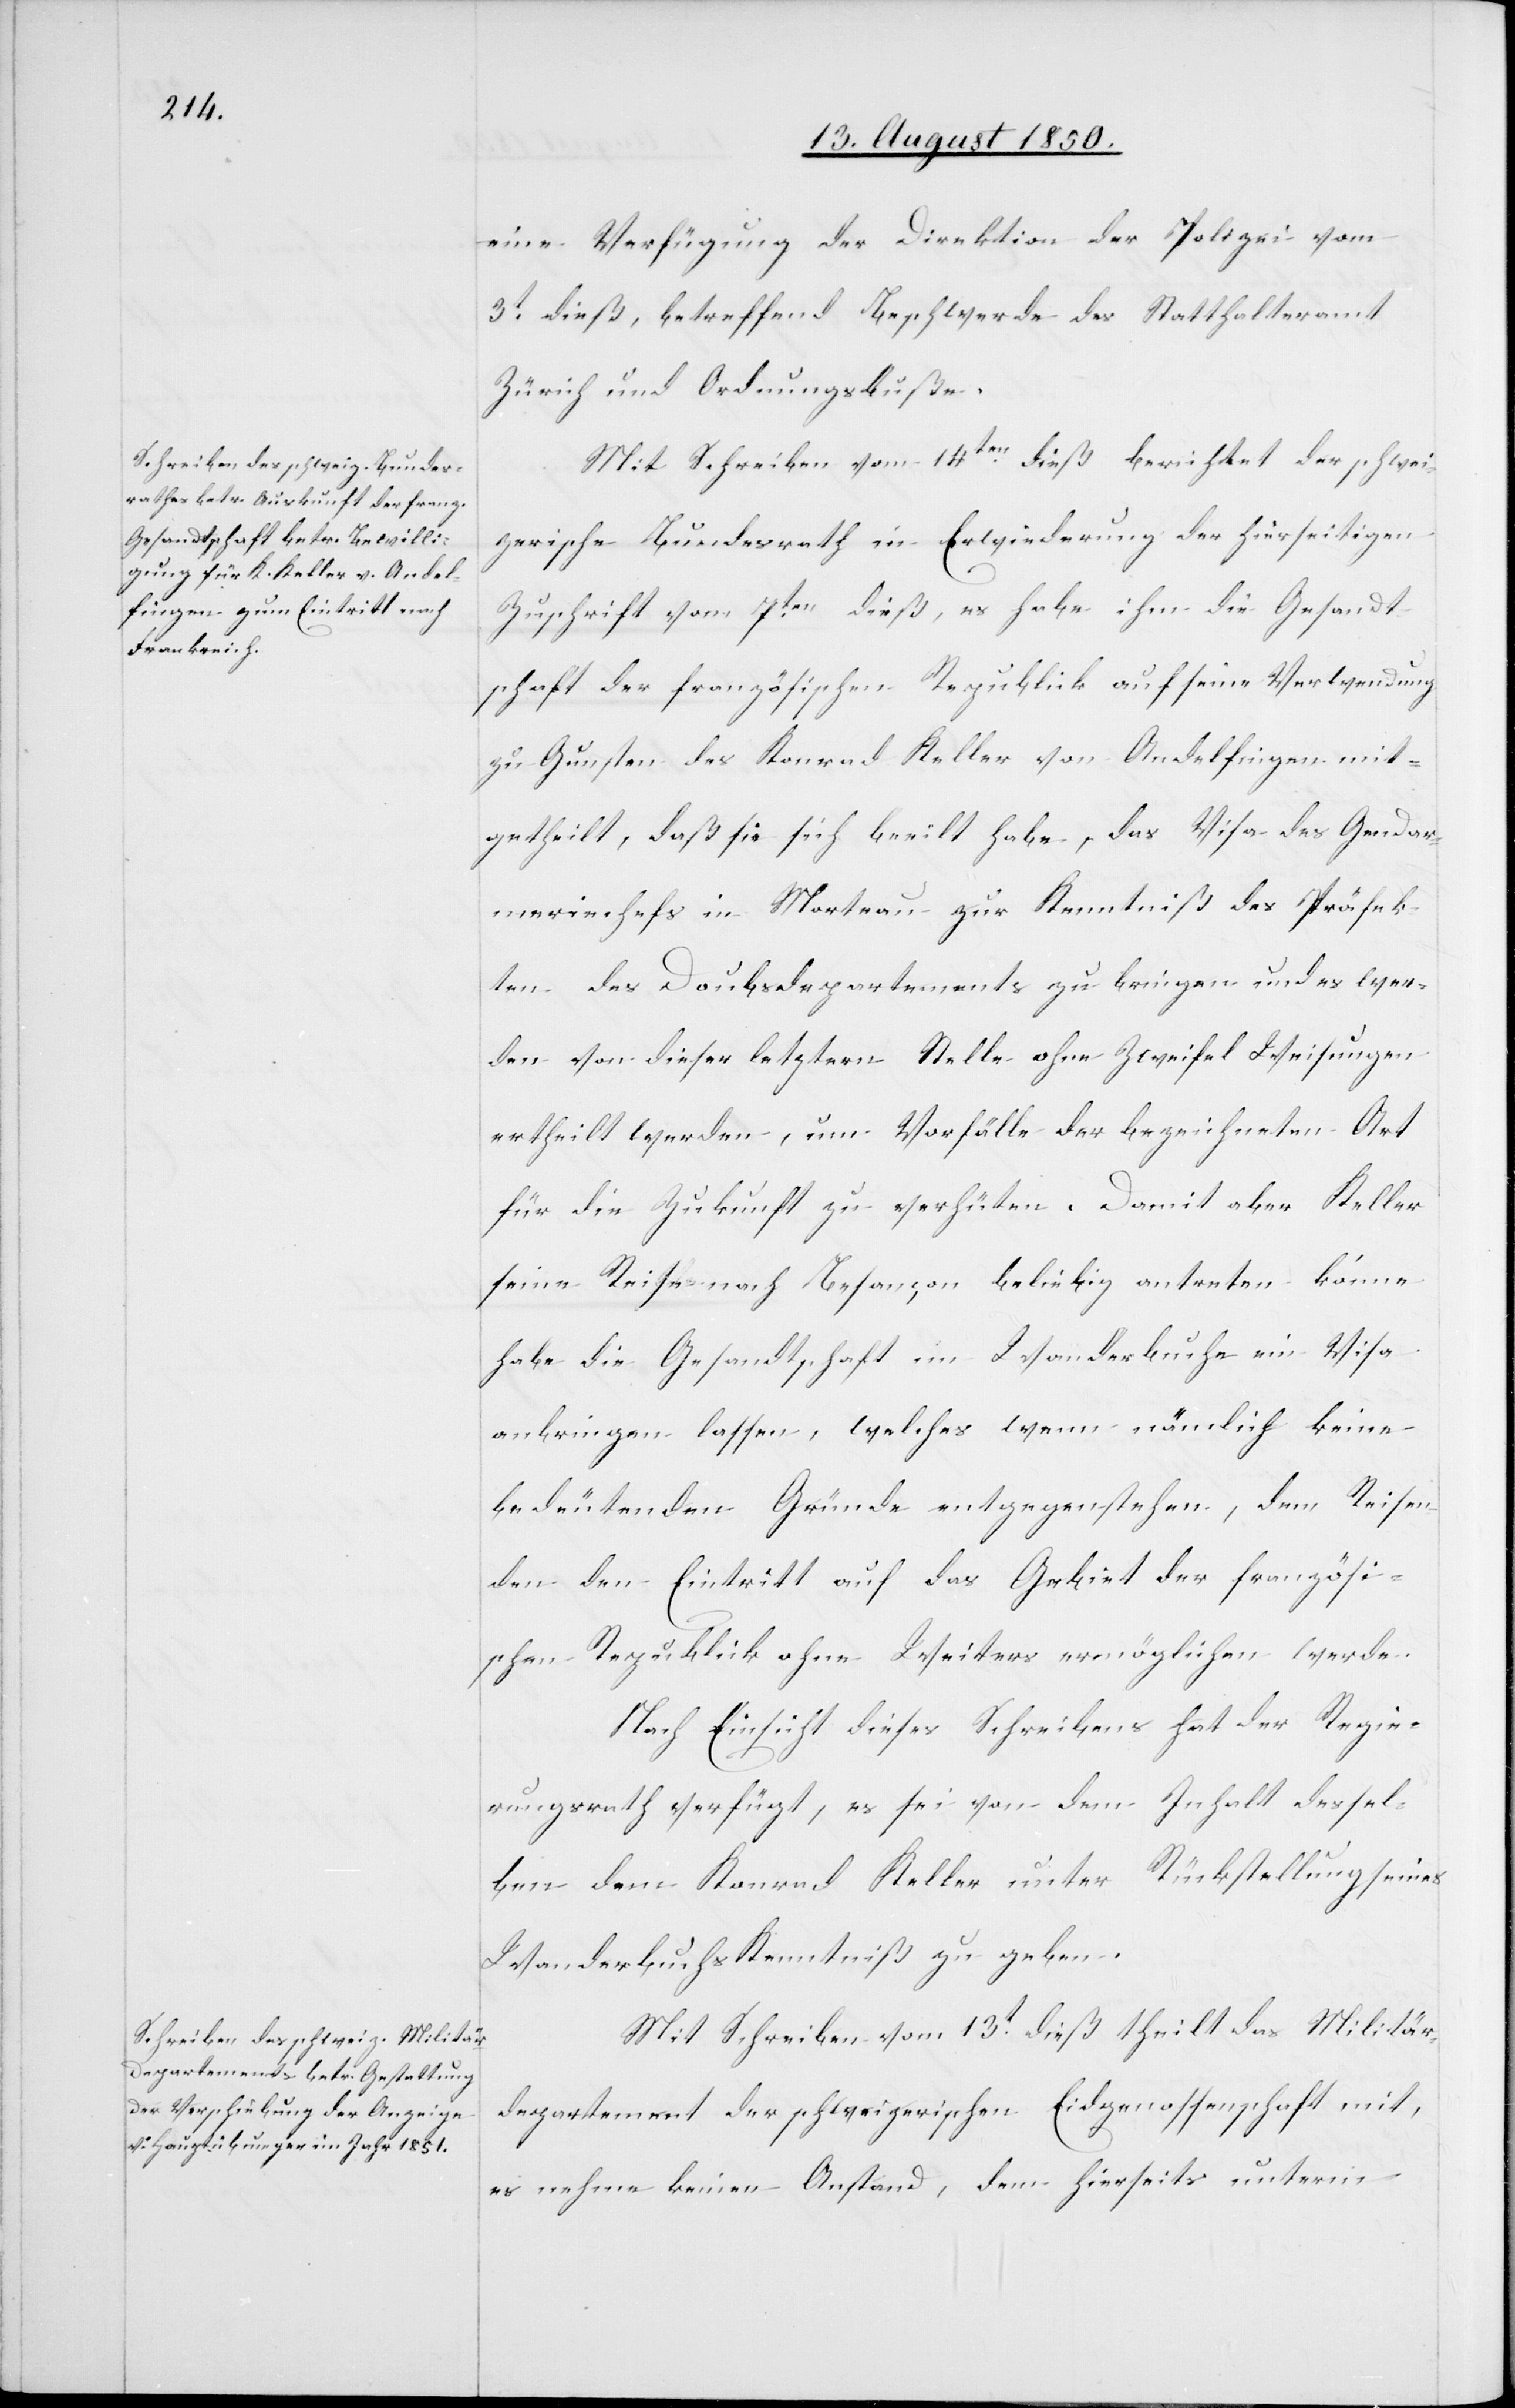
eine Verfügung der Direktion der Polizei vom
3t dieß, betreffend Beschwerde des Statthalteramt
Zürich und Ordnungsbuße.
Mit Schreiben vom 14ten dieß berichtet der schwei¬
zerische Bundesrath in Erwiederung der hierseitigen
Zuschrift vom 7ten dieß, es habe ihm die Gesandt¬
schaft der französischen Republick auf seine Verwendung
zu Gunsten des Konrad Keller von Andelfingen mit¬
getheilt, daß sie sich beeilt habe, das Visa des Gendar¬
meriechefs in Morteau zur Kenntniß des Präfek¬
ten des Doubsdepartements zu bringen und es wer¬
den von dieser letztern Stelle ohne Zweifel Weisungen
ertheilt werden, um Vorfälle der bezeichneten Art
für die Zukunft zu verhüten. Damit aber Keller
seine Reise nach Besançon beliebig antreten könne
habe die Gesandtschaft im Wanderbuche ein Visa
anbringen lassen, welches wenn nämlich keine
bedeutenden Gründe entgegenstehen, dem Reisen¬
den den Eintritt auf das Gebiet der französi¬
schen Republick ohne Weiters ermöglichen werde.
Nach Einsicht dieses Schreibens hat der Regie¬
rungsrath verfügt, es sei von dem Inhalt dessel¬
ben dem Konrad Keller unter Rückstellung seines
Wanderbuchs Kenntniß zu geben.
Mit Schreiben vom 13t dieß theilt das Militär¬
departement der schweizerischen Eidgenossenschaft mit,
es nehme keinen Anstand, dem hierseits unterm